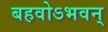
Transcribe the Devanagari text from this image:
बहवोऽभवन्